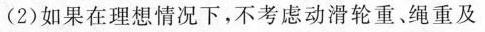
(2)如果在理想情况下，不考虑动滑轮重、绳重及